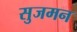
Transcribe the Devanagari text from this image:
सुजमन